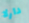
دارلا